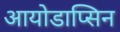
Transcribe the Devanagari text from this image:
आयोडाप्सिन